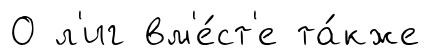
О л'иг вм'е́ст'е та́кже